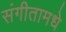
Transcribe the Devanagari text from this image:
संगीतामधे